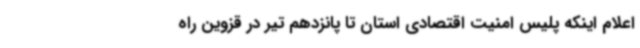
اعلام اینکه پلیس امنیت اقتصادی استان تا پانزدهم تیر در قزوین راه‌